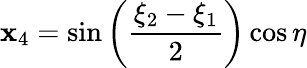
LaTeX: \mathbf{x}_{4}=\sin\left({\frac{{\xi_{2}-\xi_{1}}}{{2}}}\right)\cos\eta